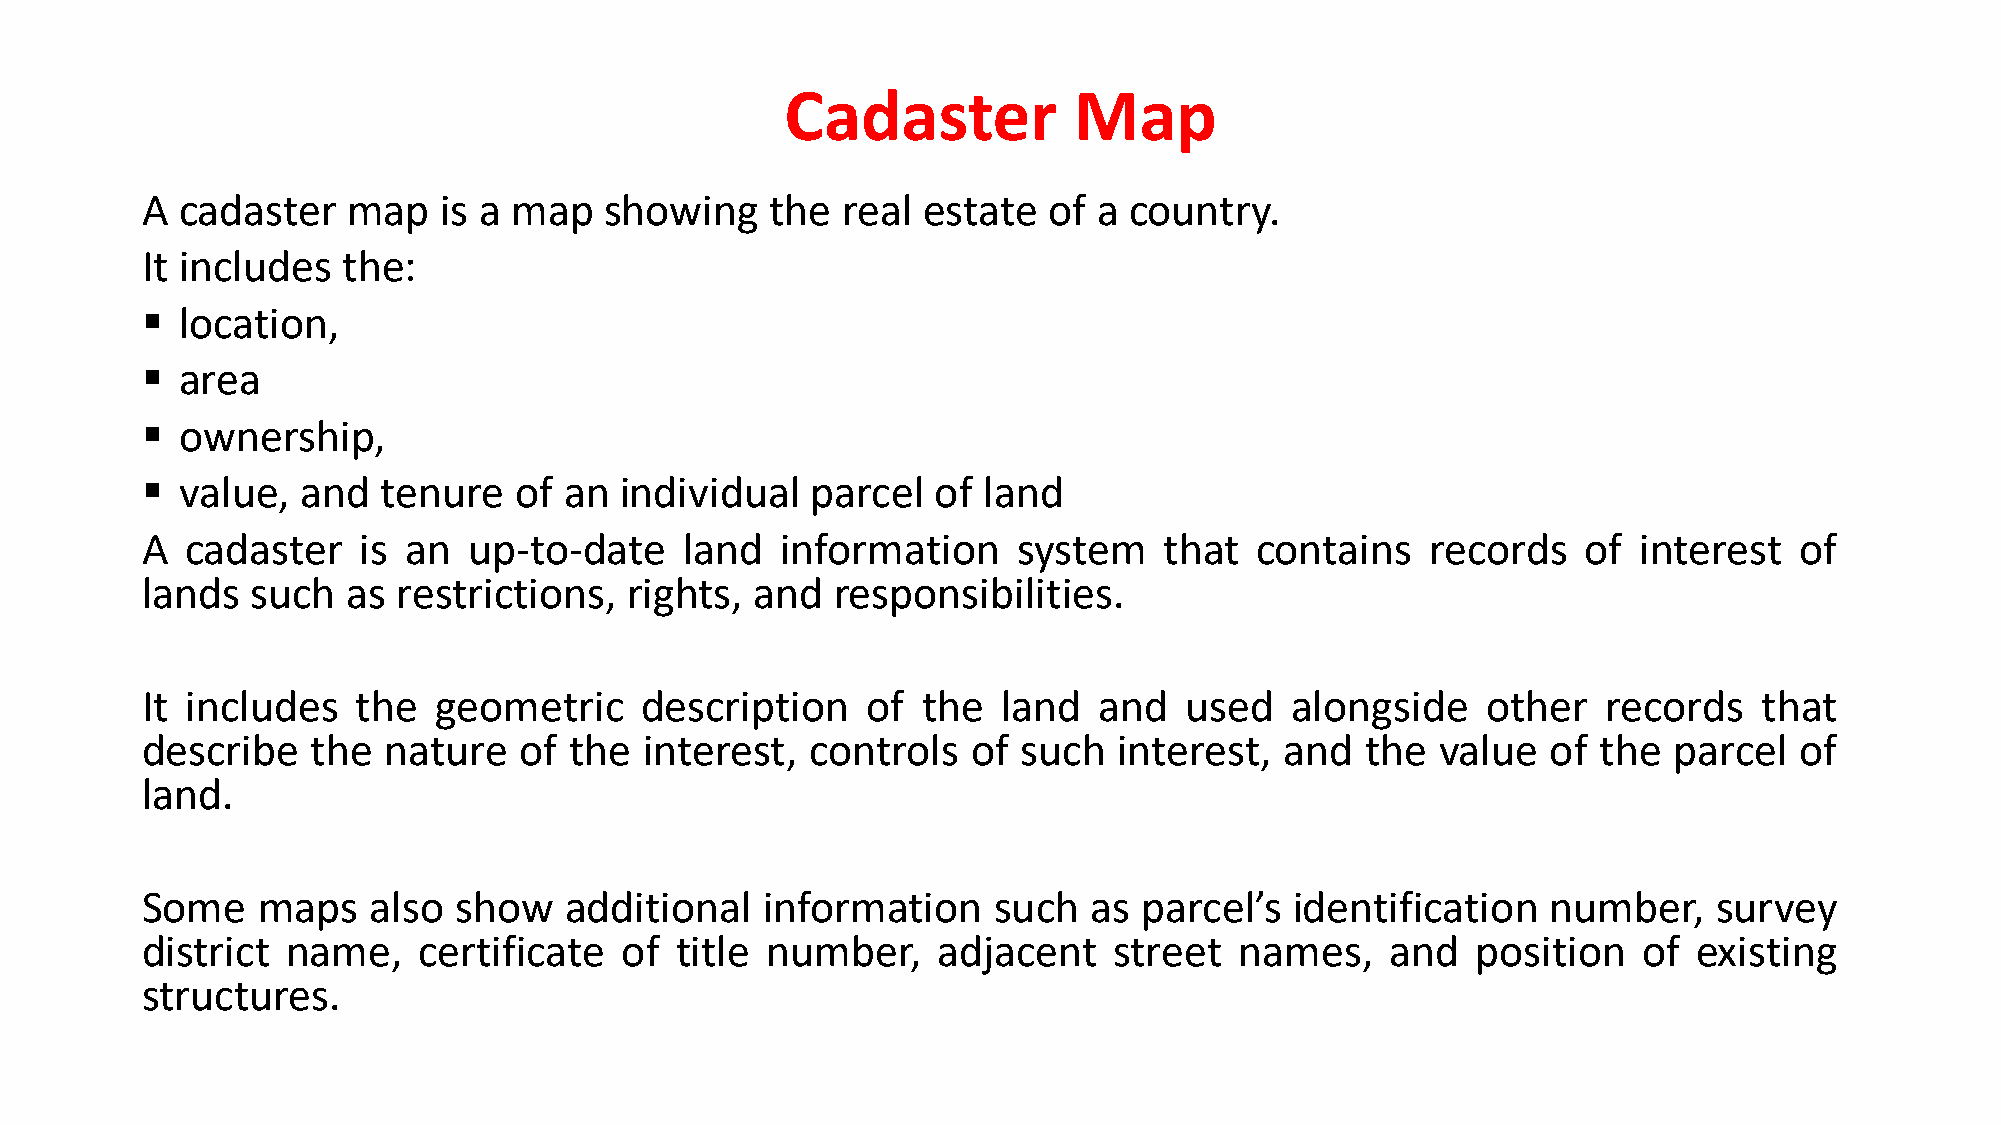
Cadaster           Map
 A  cadaster   map   is a map   showing    the  real estate  of  a country.
 It includes   the:
   location,
   area
   ownership,
   value,  and  tenure   of an  individual   parcel  of land
 A  cadaster    is an  up-to-date    land   information    system    that  contains    records   of interest   of
 lands   such  as restrictions,  rights,  and  responsibilities.
 It includes    the  geometric    description    of  the  land   and  used   alongside    other   records    that
 describe    the nature   of  the  interest,  controls  of  such  interest,  and  the  value   of the  parcel  of
 land.
 Some    maps   also  show   additional   information     such  as  parcel’s  identification   number,    survey
 district  name,    certificate  of  title number,    adjacent    street  names,    and   position   of existing
 structures.